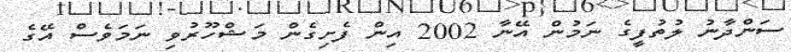
ސަންދާނު ލުތުފީގެ ނަމުން އޭނާ 2002 އިން ފެށިގެން މަޝްހޫރުވި ނަމަވެސް އޭގެ